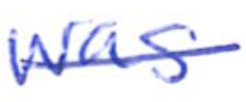
Text: was
Cross-out: single-line
Writing tool: ballpoint